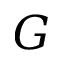
G